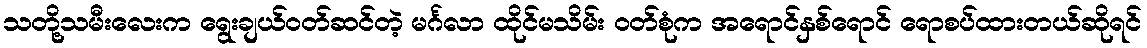
သတို့သမီးလေးက ရွေးချယ်ဝတ်ဆင်တဲ့ မင်္ဂလာ ထိုင်မသိမ်း ဝတ်စုံက အရောင်နှစ်ရောင် ရောစပ်ထားတယ်ဆိုရင်